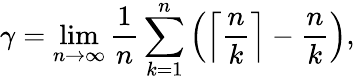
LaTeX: \gamma=\operatorname*{lim}_{n\to\infty}{\frac{1}{n}}\sum_{k=1}^{n}\left(\left\lceil{\frac{n}{k}}\right\rceil-{\frac{n}{k}}\right),